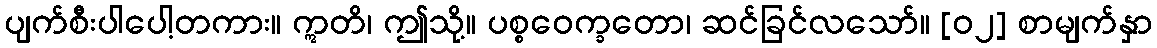
ပျက်စီးပါပေါ့တကား။ ဣတိ၊ ဤသို့။ ပစ္စဝေက္ခတော၊ ဆင်ခြင်လသော်။ [၀၂] စာမျက်နှာ